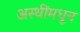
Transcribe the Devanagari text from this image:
अस्थींमधून